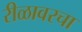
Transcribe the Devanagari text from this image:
रीळावरचा